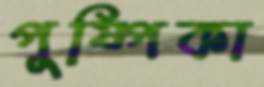
পুষ্পিকা